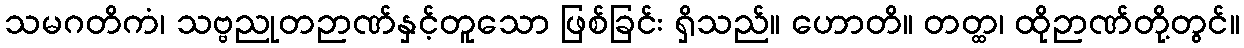
သမဂတိကံ၊ သဗ္ဗညုတဉာဏ်နှင့်တူသော ဖြစ်ခြင်း ရှိသည်။ ဟောတိ။ တတ္ထ၊ ထိုဉာဏ်တို့တွင်။